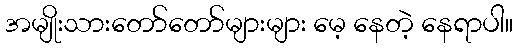
အမျိုးသားတော်တော်များများ မေ့ နေတဲ့ နေရာပါ။